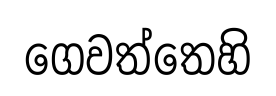
ගෙවත්තෙහි